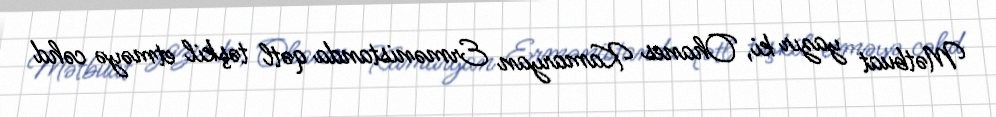
Mətbuat yazır ki, Ohanes Kamaryan Ermənistanda qətl təşkil etməyə cəhd